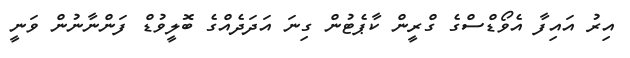
އިރު އައިފާ އެވޯޑްސްގެ ގްރީން ކާޕެޓުން ގިނަ އަދަދެއްގެ ބޮލީވުޑް ފަންނާނުން ވަނީ